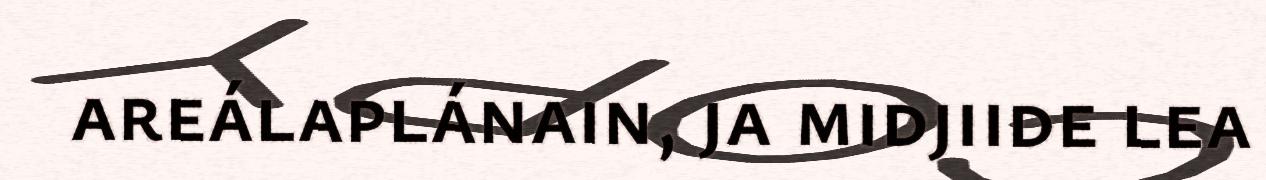
areálaplánain, ja midjiide lea